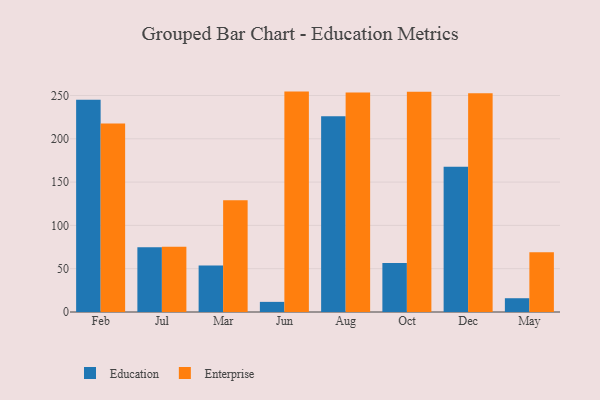
{"axis": {"x": "Month", "y": "Budget (USD K)"}, "legend": ["Education", "Enterprise"], "data": [{"x": "Feb", "y": 245.2, "type": "Education"}, {"x": "Feb", "y": 217.6, "type": "Enterprise"}, {"x": "Jul", "y": 74.8, "type": "Education"}, {"x": "Jul", "y": 75.3, "type": "Enterprise"}, {"x": "Mar", "y": 53.8, "type": "Education"}, {"x": "Mar", "y": 128.9, "type": "Enterprise"}, {"x": "Jun", "y": 11.7, "type": "Education"}, {"x": "Jun", "y": 254.5, "type": "Enterprise"}, {"x": "Aug", "y": 225.9, "type": "Education"}, {"x": "Aug", "y": 253.4, "type": "Enterprise"}, {"x": "Oct", "y": 56.7, "type": "Education"}, {"x": "Oct", "y": 254.3, "type": "Enterprise"}, {"x": "Dec", "y": 167.7, "type": "Education"}, {"x": "Dec", "y": 252.6, "type": "Enterprise"}, {"x": "May", "y": 15.9, "type": "Education"}, {"x": "May", "y": 69.1, "type": "Enterprise"}]}